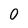
Character: 0